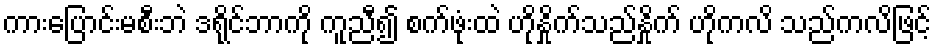
ကားပြောင်းမစီးဘဲ ဒရိုင်ဘာကို ကူညီ၍ စက်ဖုံးထဲ ဟိုနှိုက်သည်နှိုက် ဟိုကလိ သည်ကလိဖြင့်